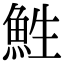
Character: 鮏